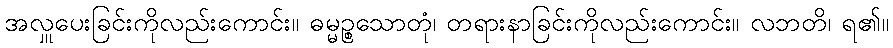
အလှူပေးခြင်းကိုလည်းကောင်း။ ဓမ္မဉ္စသောတုံ၊ တရားနာခြင်းကိုလည်းကောင်း။ လဘတိ၊ ရ၏။